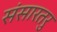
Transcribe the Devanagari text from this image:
संसारतरु